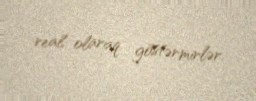
real olaraq göstərmirlər.